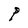
Character: P